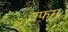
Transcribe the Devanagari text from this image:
उफम